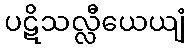
ပဋိသလ္လီယေယျံ